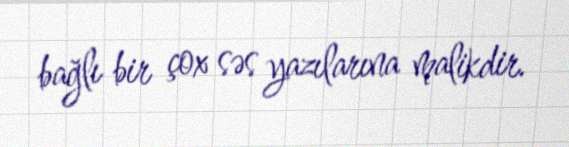
bağlı bir çox səs yazılarına malikdir.